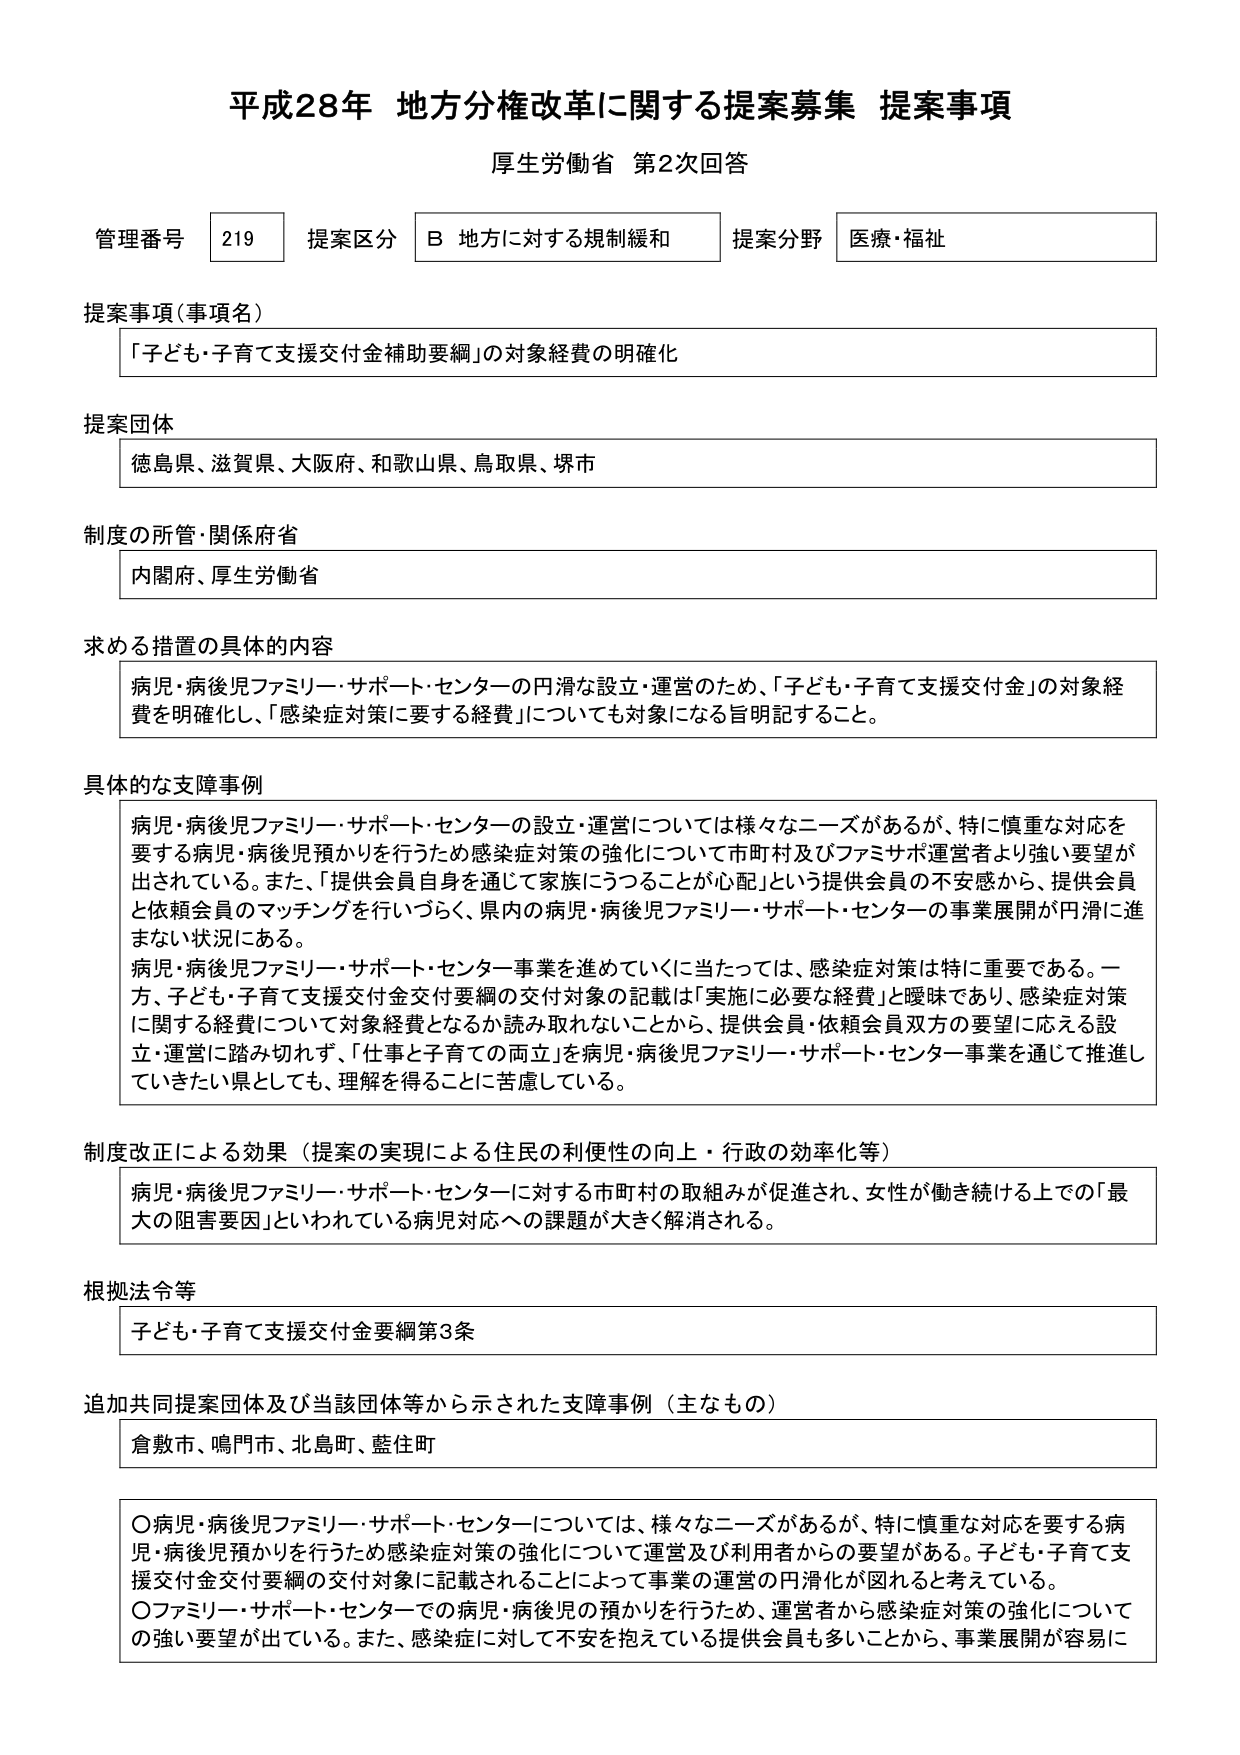
平成28年 地方分権改革に関する提案募集 提案事項
厚生労働省 第2次回答

管理番号 219 提案区分 B 地方に対する規制緩和 提案分野 医療・福祉

提案事項（事項名）
「子ども・子育て支援交付金補助要綱」の対象経費の明確化

提案団体
徳島県、滋賀県、大阪府、和歌山県、鳥取県、堺市

制度の所管・関係府省
内閣府、厚生労働省

求める措置の具体的内容
病児・病後児ファミリー・サポート・センターの円滑な設立・運営のため、「子ども・子育て支援交付金」の対象経費を明確化し、「感染症対策に要する経費」についても対象になる旨明記すること。

具体的な支障事例
病児・病後児ファミリー・サポート・センターの設立・運営については様々なニーズがあるが、特に慎重な対応を要する病児・病後児預かりを行うため感染症対策の強化について市町村及びファミサポ運営者より強い要望が出されている。また、「提供会員自身を通じて家族にうつることが心配」という提供会員の不安感から、提供会員と依頼会員のマッチングを行いつつ、県内の病児・病後児ファミリー・サポート・センターの事業展開が円滑に進まない状況にある。
病児・病後児ファミリー・サポート・センター事業を進めていくに当たっては、感染症対策は特に重要である。一方、子ども・子育て支援交付金交付要綱の交付対象の記載は「実施に必要な経費」と曖昧であり、感染症対策に関する経費について対象経費となるか読み取れないことから、提供会員・依頼会員双方の要望に応える設立・運営に踏み切れず、「仕事と子育ての両立」を病児・病後児ファミリー・サポート・センター事業を通じて推進していきたい県としても、理解を得ることに苦慮している。

制度改正による効果（提案の実現による住民の利便性の向上・行政の効率化等）
病児・病後児ファミリー・サポート・センターに対する市町村の取組みが促進され、女性が働き続ける上での「最大の阻害要因」といわれている病児対応への課題が大きく解消される。

根拠法令等
子ども・子育て支援交付金要綱第3条

追加共同提案団体及び当該団体等から示された支障事例（主なもの）
倉敷市、鳴門市、北島町、藍住町

〇病児・病後児ファミリー・サポート・センターについては、様々なニーズがあるが、特に慎重な対応を要する病児・病後児預かりを行うため感染症対策の強化について運営及び利用者からの要望がある。子ども・子育て支援交付金交付要綱の交付対象に記載されることによって事業の運営の円滑化が図れると考えている。
〇ファミリー・サポート・センターでの病児・病後児の預かりを行うため、運営者から感染症対策の強化についての強い要望が出ている。また、感染症に対して不安を抱えている提供会員も多いことから、事業展開が容易に